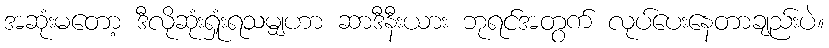
အဆုံးမတော့ ဒီလိုဆုံးရှုံးရသမျှဟာ ဆာဒီနီးယား ဘုရင်အတွက် လုပ်ပေးနေတာချည်းပဲ။